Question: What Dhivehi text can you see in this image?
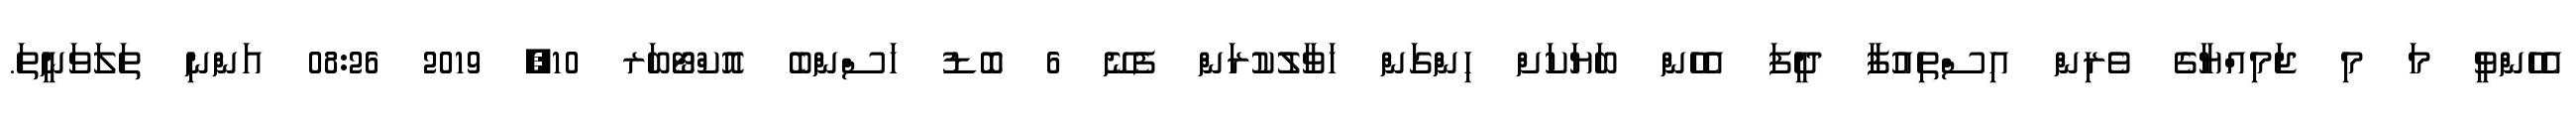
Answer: އެހެންވީ މަ މި ޖަމިއްޔާގެ ވެރިން އިސްތިއުފާ ދީފަ އެހެން ބަޔަކަށް ހިންްގަން ހަވާލުކުރަން ފެނޭ 6 ބޮޑު ހަސްންބެ އޮކްޓޯބަރ 10, 2019 08:26 އަންނި ތަލަވަނީތަ.